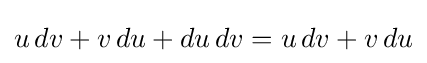
u\,dv+v\,du+du\,dv=u\,dv+v\,du